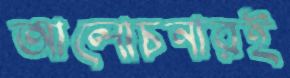
আলোচনারই